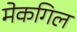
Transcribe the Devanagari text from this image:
मेकगिल